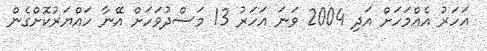
އަހަރު އެއްމަހަށް އަދި 2004 ވަނަ އަހަރު 13 މަސްދުވަހަށް އޭނާ ހައްޔަރުކޮށްގެން